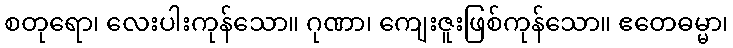
စတုရော၊ လေးပါးကုန်သော။ ဂုဏာ၊ ကျေးဇူးဖြစ်ကုန်သော။ ဧတေဓမ္မာ၊